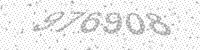
Solution: 976908